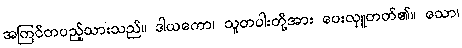
အကြင်တပည့်သားသည်။ ဒါယကော၊ သူတပါးတို့အား ပေးလှူတတ်၏။ သော၊